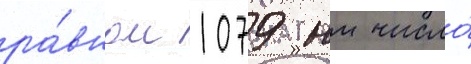
ра́вном 1079 нм число́